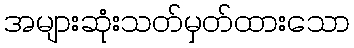
အများဆုံးသတ်မှတ်ထားသော